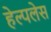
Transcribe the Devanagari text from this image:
हेल्पलेस